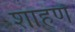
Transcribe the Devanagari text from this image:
शाहणे